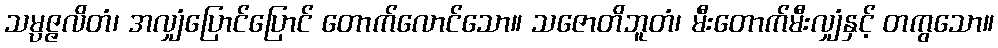
သမ္ပဇ္ဇလိတံ၊ အလျှံပြောင်ပြောင် တောက်လောင်သော။ သဇောတိဘူတံ၊ မီးတောက်မီးလျှံနှင့် တကွသော။